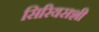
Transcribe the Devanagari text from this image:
सिरियसशी